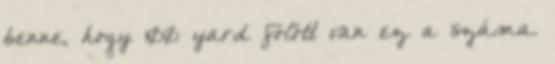
benne, hogy 100 yard fölött van ez a száma.